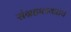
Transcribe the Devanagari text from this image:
संग्रहालयातच